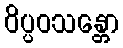
ဝိပ္ပဝသန္တော